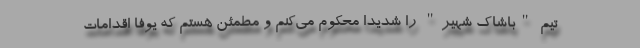
تیم "باشاک شهیر" را شدیدا محکوم می‌کنم و مطمئن هستم که یوفا اقدامات